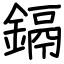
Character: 鎘